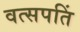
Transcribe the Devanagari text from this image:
वत्सपतिं